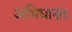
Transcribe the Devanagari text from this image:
अभिधानतः